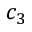
c _ { 3 }